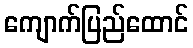
ကျောက်ပြည်ထောင်